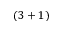
( 3 + 1 )